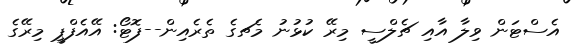
އެސްޓަން ވިލާ އާއި ޗެލްސީ މިރޭ ކުޅުނު މެޗގެ ތެރެއިން--ފޮޓޯ: އޭއެފްޕީ މިރޭގެ